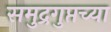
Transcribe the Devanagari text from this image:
समुद्रगुप्तच्या